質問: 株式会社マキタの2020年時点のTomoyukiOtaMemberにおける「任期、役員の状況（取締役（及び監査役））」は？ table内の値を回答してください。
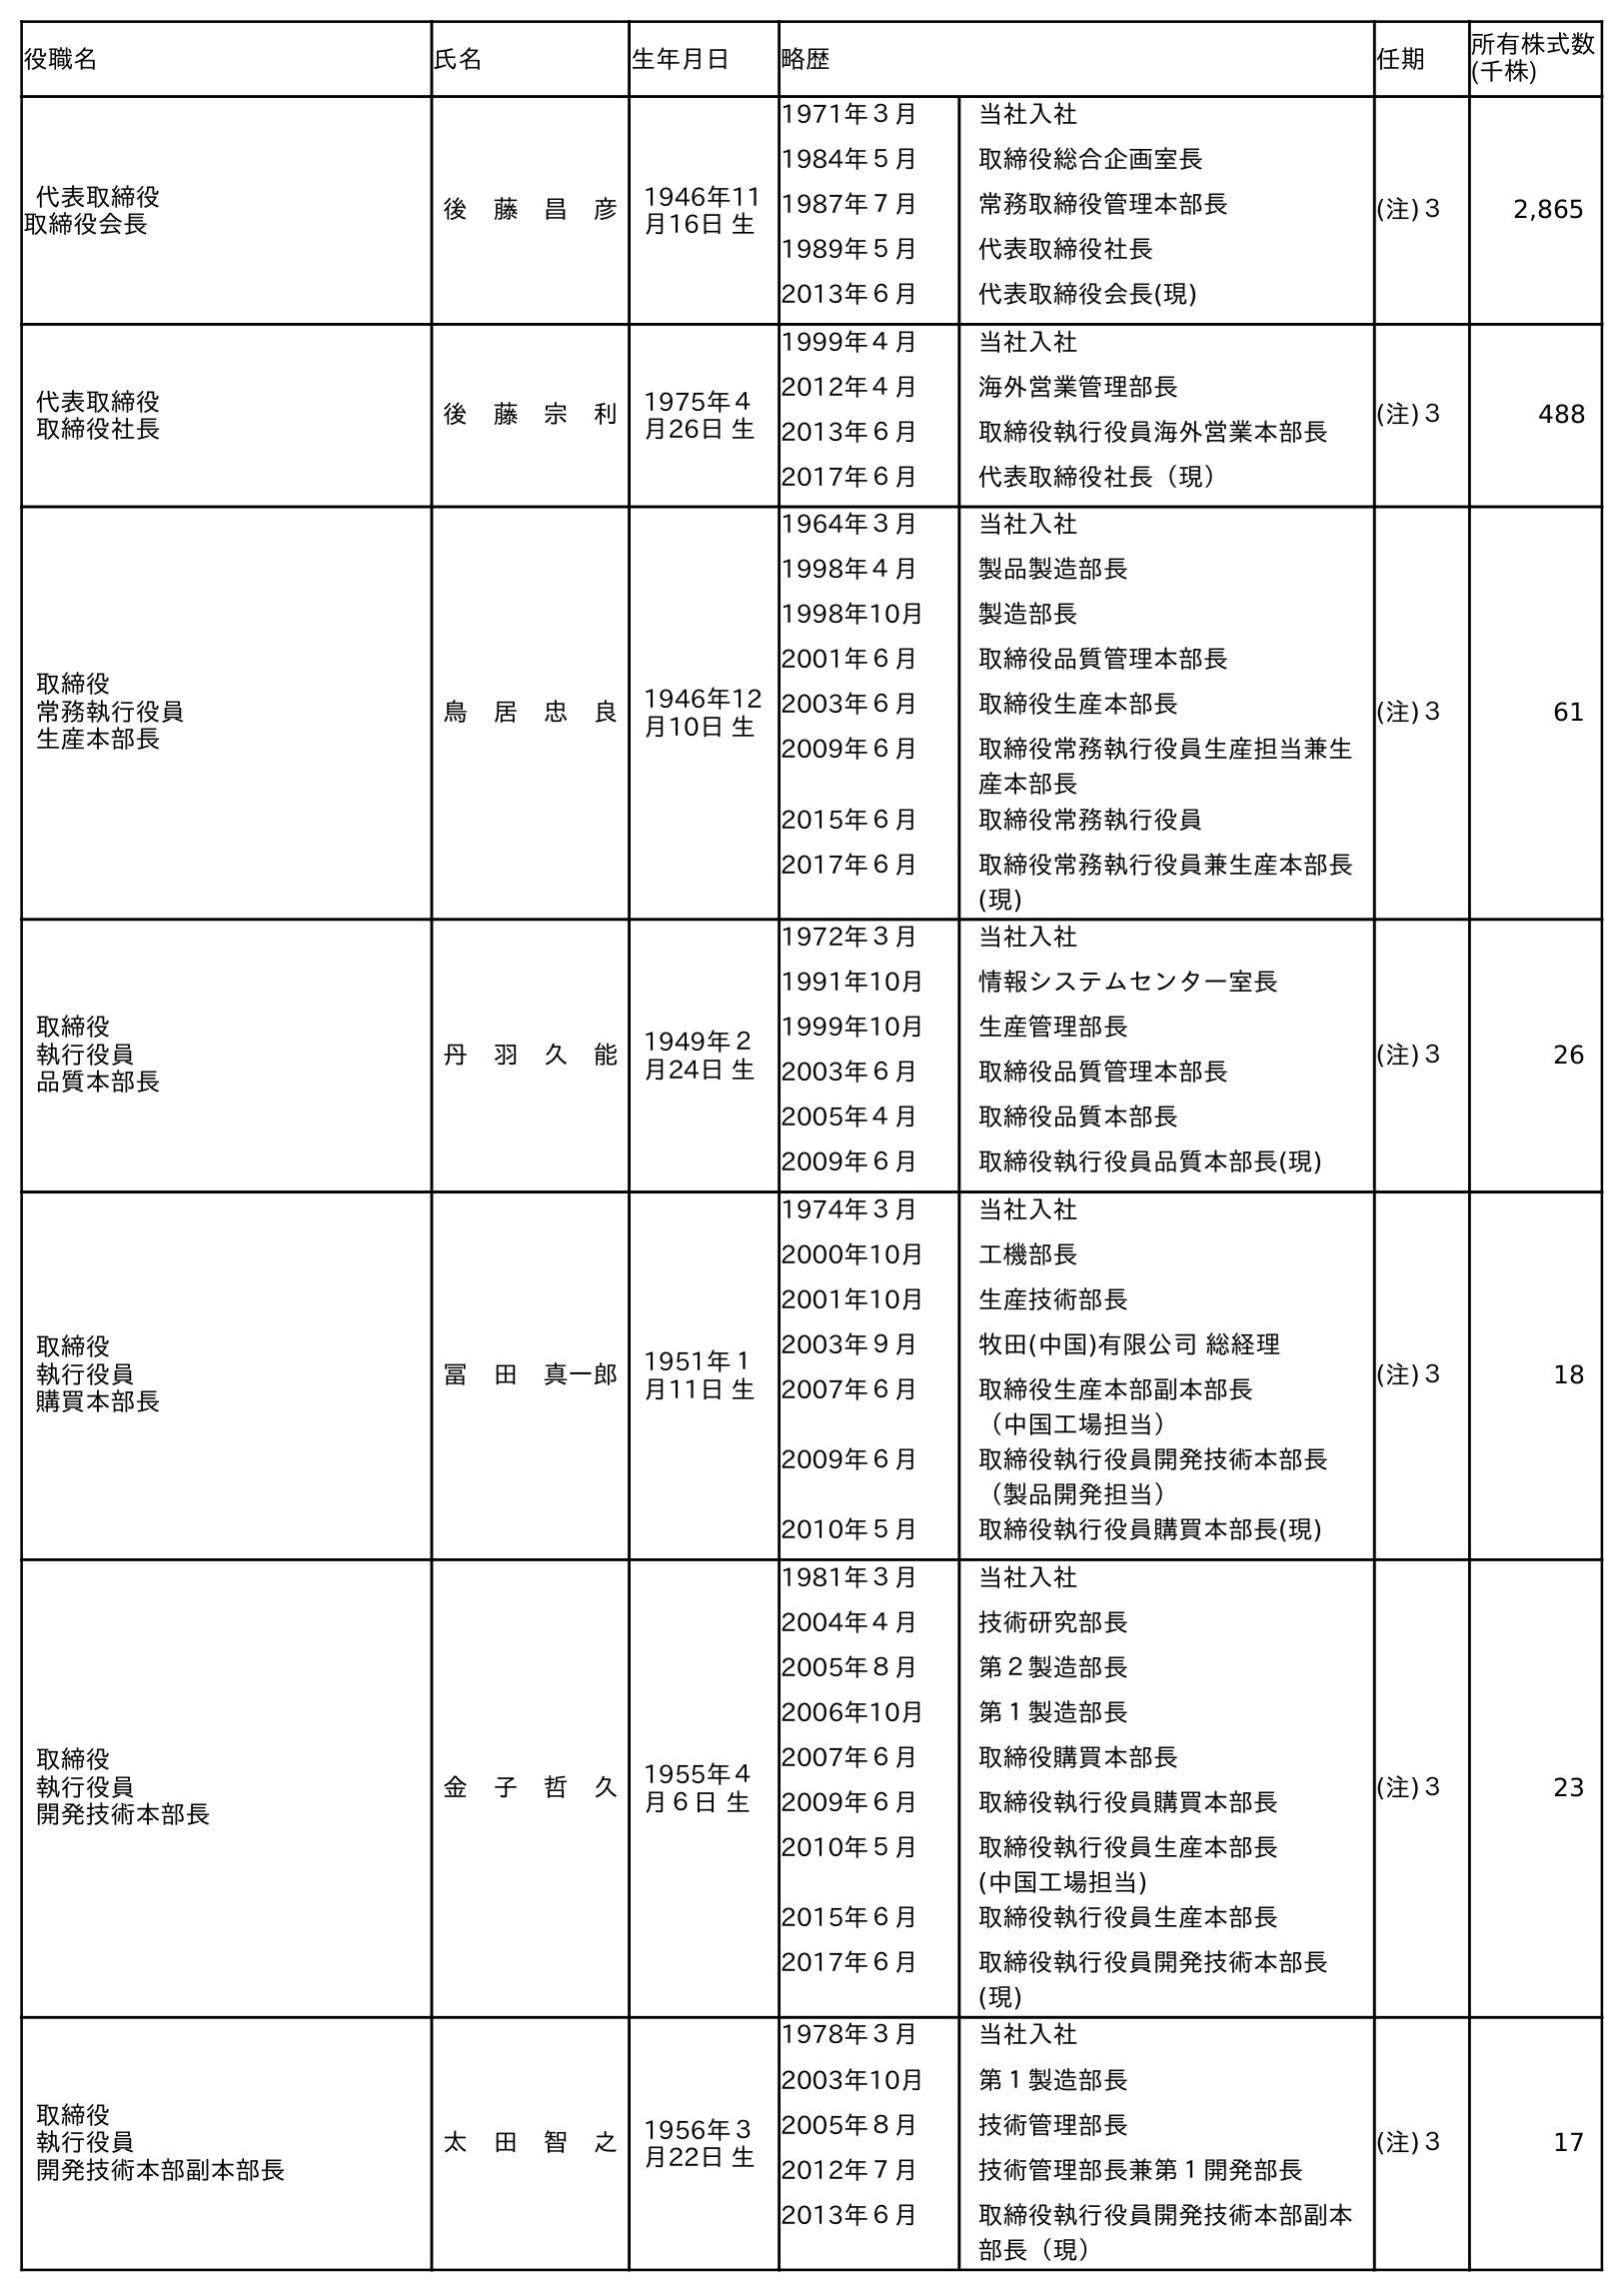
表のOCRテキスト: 役職名 氏名 生年月日 略歴 任期 所有株式数 (千株) 代表取締役 取締役会長 後 藤 昌 彦 1946年11 月16日 生 1971年３月 当社入社 1984年５月 取締役総合企画室長 1987年７月 常務取締役管理本部長 1989年５月 代表取締役社長 2013年６月 代表取締役会長(現) (注)３ 2,865 代表取締役 取締役社長 後 藤 宗 利 1975年４ 月26日 生 1999年４月 当社入社 2012年４月 海外営業管理部長 2013年６月 取締役執行役員海外営業本部長 2017年６月 代表取締役社長（現） (注)３ 488 取締役 常務執行役員 生産本部長 鳥 居 忠 良 1946年12 月10日 生 1964年３月 当社入社 1998年４月 製品製造部長 1998年10月 製造部長 2001年６月 取締役品質管理本部長 2003年６月 取締役生産本部長 2009年６月 取締役常務執行役員生産担当兼生 産本部長 2015年６月 取締役常務執行役員 2017年６月 取締役常務執行役員兼生産本部長 (現) (注)３ 61 取締役 執行役員 品質本部長 丹 羽 久 能 1949年２ 月24日 生 1972年３月 当社入社 1991年10月 情報システムセンター室長 1999年10月 生産管理部長 2003年６月 取締役品質管理本部長 2005年４月 取締役品質本部長 2009年６月 取締役執行役員品質本部長(現) (注)３ 26 取締役 執行役員 購買本部長 冨 田 真一郎 1951年１ 月11日 生 1974年３月 当社入社 2000年10月 工機部長 2001年10月 生産技術部長 2003年９月 牧田(中国)有限公司 総経理 2007年６月 取締役生産本部副本部長 （中国工場担当） 2009年６月 取締役執行役員開発技術本部長 （製品開発担当） 2010年５月 取締役執行役員購買本部長(現) (注)３ 18 取締役 執行役員 開発技術本部長 金 子 哲 久 1955年４ 月６日 生 1981年３月 当社入社 2004年４月 技術研究部長 2005年８月 第２製造部長 2006年10月 第１製造部長 2007年６月 取締役購買本部長 2009年６月 取締役執行役員購買本部長 2010年５月 取締役執行役員生産本部長 (中国工場担当) 2015年６月 取締役執行役員生産本部長 2017年６月 取締役執行役員開発技術本部長 (現) (注)３ 23 取締役 執行役員 開発技術本部副本部長 太 田 智 之 1956年３ 月22日 生 1978年３月 当社入社 2003年10月 第１製造部長 2005年８月 技術管理部長 2012年７月 技術管理部長兼第１開発部長 2013年６月 取締役執行役員開発技術本部副本 部長（現） (注)３ 17
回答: (注)３